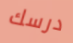
درسك